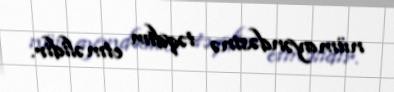
nümayəndəsinə təqdim etməlidir.